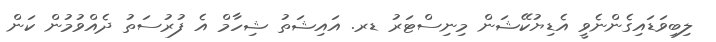
ލިބިވަޑައިގެންނެވީ އެޑިޔުކޭޝަން މިނިސްޓަރު ޑރ. އައިޝަތު ޝިހާމް އެ ފުރުސަތު ދެއްވުމުން ކަން